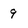
Character: 9